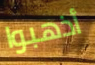
أذهبوا